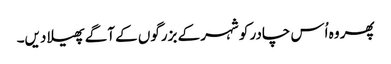
پھر وہ اُس چادر کو شہر کے بزرگوں کے آگے پھیلا دیں۔